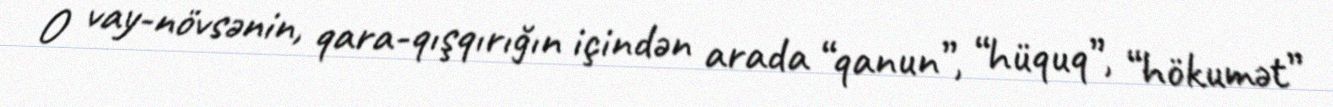
O vay-növsənin, qara-qışqırığın içindən arada “qanun”, “hüquq”, “hökumət”